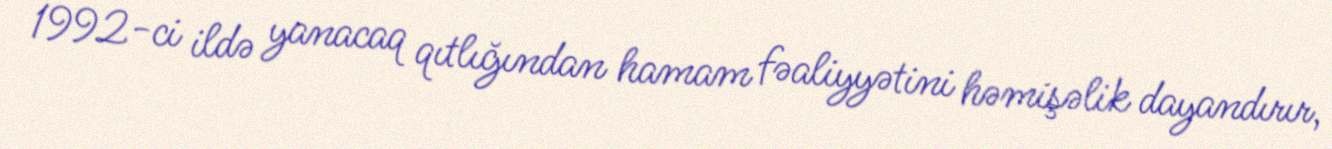
1992-ci ildə yanacaq qıtlığından hamam fəaliyyətini həmişəlik dayandırır,